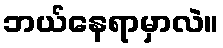
ဘယ်နေရာမှာလဲ။